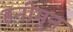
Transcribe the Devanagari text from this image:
हनीमुन